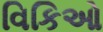
વિકિઓ